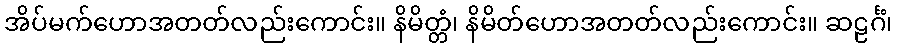
အိပ်မက်ဟောအတတ်လည်းကောင်း။ နိမိတ္တံ၊ နိမိတ်ဟောအတတ်လည်းကောင်း။ ဆဠင်္ဂံ၊